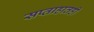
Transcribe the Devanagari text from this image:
सप्ताहातही